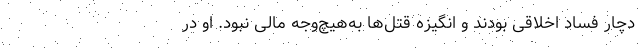
دچار فساد اخلاقی بودند و انگیزه قتل‌ها به‌هیچ‌وجه مالی نبود. او در